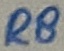
Text: R8